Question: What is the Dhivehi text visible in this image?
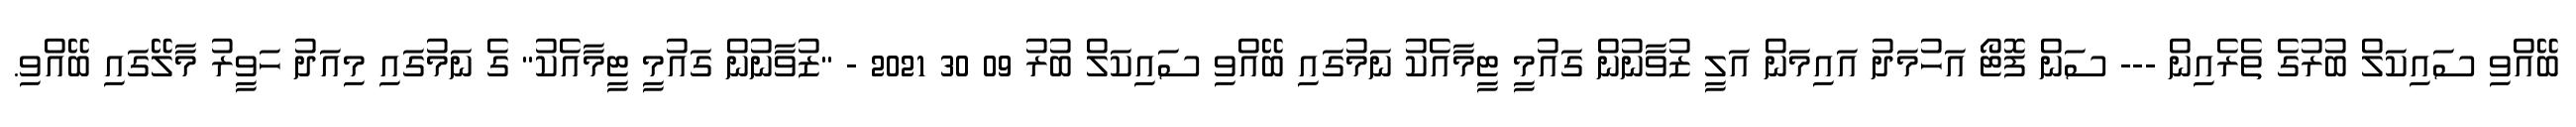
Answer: ބޭއްވި ސައިކަލް ބުރުގެ ތެރެއިން --- ސަން ފޮޓޯ އަހުމަދު އައިމަން އަލީ ޒުވާނުން ގައުމީ ޓީމާއެކު ނަމުގައި ބޭއްވި ސައިކަލް ބުރު 09 30 2021 - "ޒުވާނުން ގައުމީ ޓީމާއެކު" ގެ ނަމުގައި މިއަދު ހަވީރު މާލޭގައި ބޭއްވި.